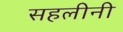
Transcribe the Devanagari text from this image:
सहलीनी